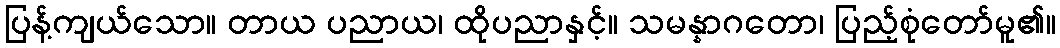
ပြန့်ကျယ်သော။ တာယ ပညာယ၊ ထိုပညာနှင့်။ သမန္နာဂတော၊ ပြည့်စုံတော်မူ၏။